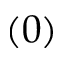
( 0 )